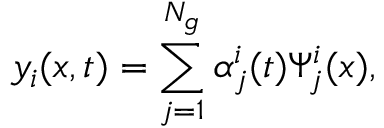
y _ { i } ( x , t ) = \sum _ { j = 1 } ^ { N _ { g } } \alpha _ { j } ^ { i } ( t ) \Psi _ { j } ^ { i } ( x ) ,